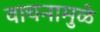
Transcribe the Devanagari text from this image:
वाचनामुळे